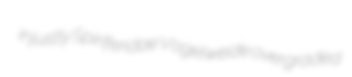
injustly Spiriferidae Vogelweide overgraded